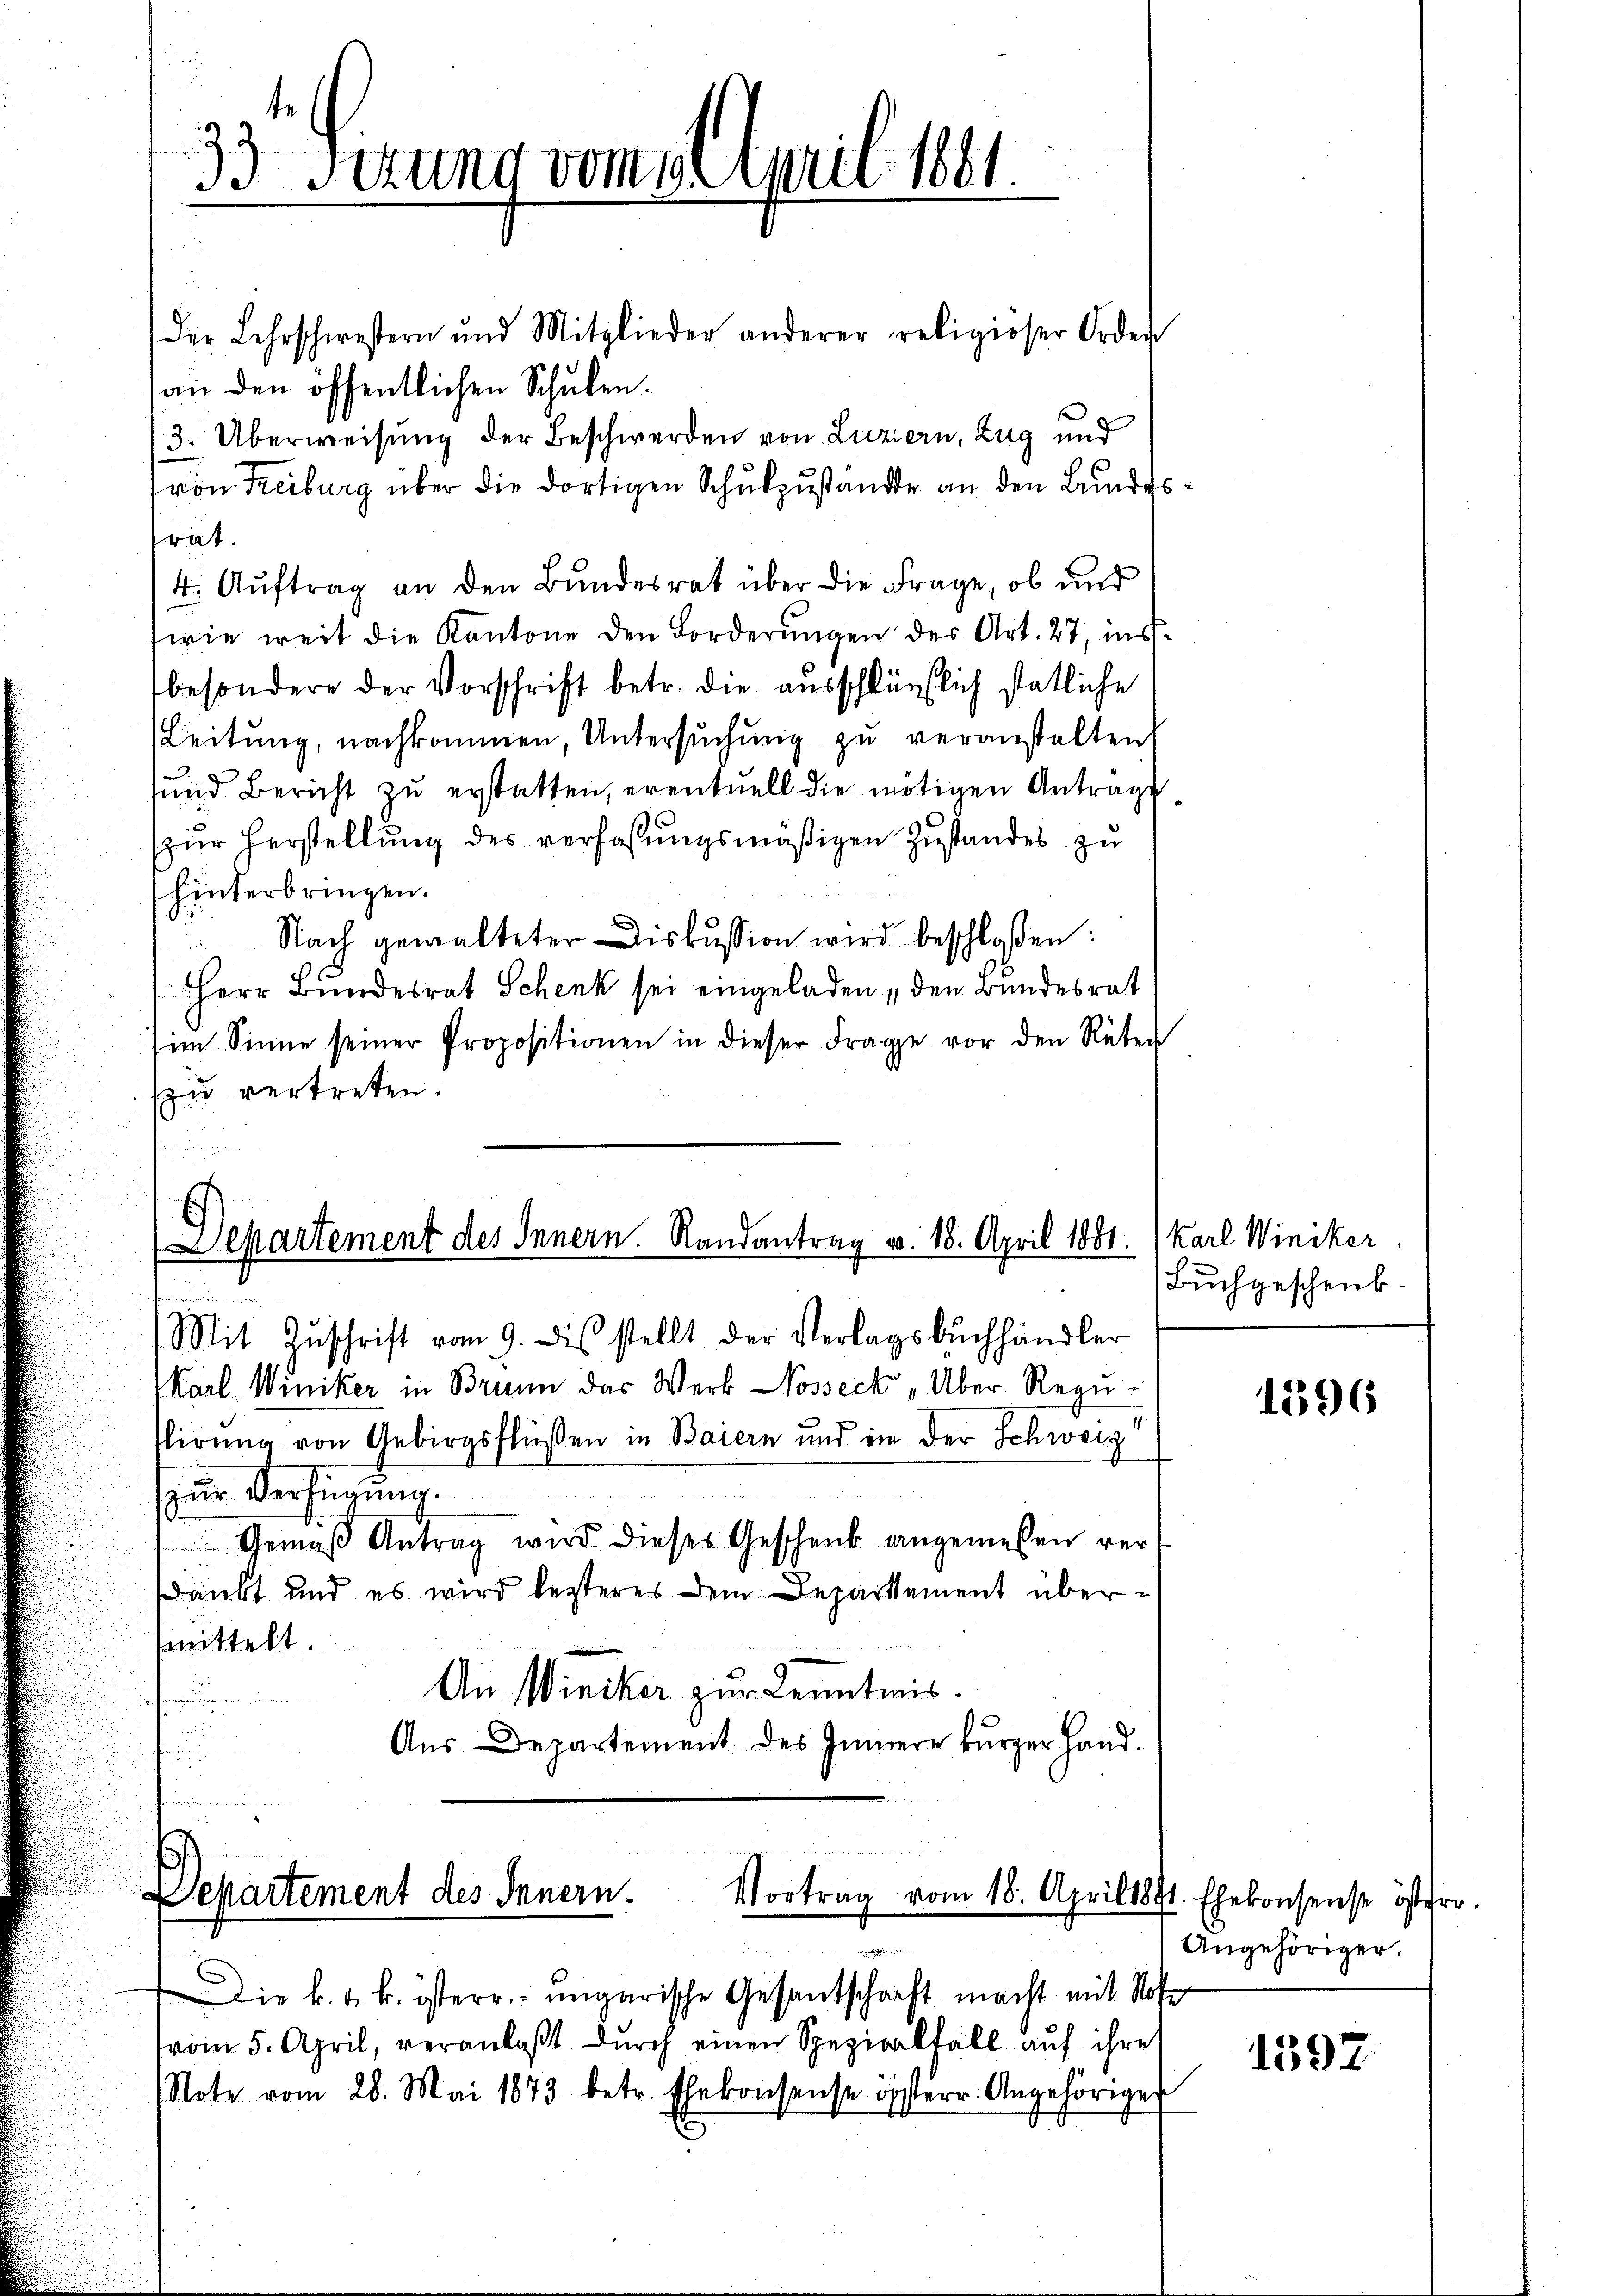
Der Lehrschwestern und Mitglieder anderer religioser Orden
an den öffentlichen Schulen.
3. Überweisung der Beschwerden von Luzern, Zug und
von Freiburg über die dortigen Schulzustande an den Bundesrat.
4. Auftrag an den Bundesrat über die Frage, ob und
wie weit die Kantone den Forderungen des Art. 27, insbesondere der Vorschrift betr. die ausschlüsslich statliche
Leitung, nachkommen, Untersuchung zu veranstalten,
ŭnd Bericht zŭ erstatten, eventuell die nötigen Antrage
zur Herstellung des verfaßungsmäßigen Zustandes zu
hinterbringen.
Nach gewalteter Diskussion wird beschloßen:
Herr Bundesrat Schenk sei eingeladen , den Bundesrat
im Sinne seiner Propositionen in dieser Frage vor den Reter
zu vertreten.

33. Ferung vom 1t April 1891

E
Departement des Innern. Randantrag v. 18. April 1881.
Ferieli ist ei
Mit Zŭschrift vom 9. dis stellt der Verlagsbuchhändler

Karl Winiker in Brunn das Werk Nosseck „Über Reguslirung von Gebirgsflüssen in Baiern und in der Schweiz
zur Verfügung.
Gemäß Antrag wird dieses Geschenk angemessen versankt und es wird lezteres dem Departement übermittelt.
An Winiker zur Kenntnis.
.
Aus Departement des Innere kurzer Hand¬

Departement des Innern.
Vortrag vom 18. April 1871. Ehekonsense öster

e

Die k. k. k. österr. ungarische Gesandtschaft macht mit Noter
vom 5. April, veranlaßt durch einen Spezialfall auf ihre
Note vom 28. Mai 1873 betr. Ehekonsense österr. Angehöriger

Karl Winiker.
Buchgeschenk.

1396

Angehöriger.

1597